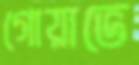
গোয়াভে